Medical and sanitary report of the native army of Bengal for the year
Year: 1874
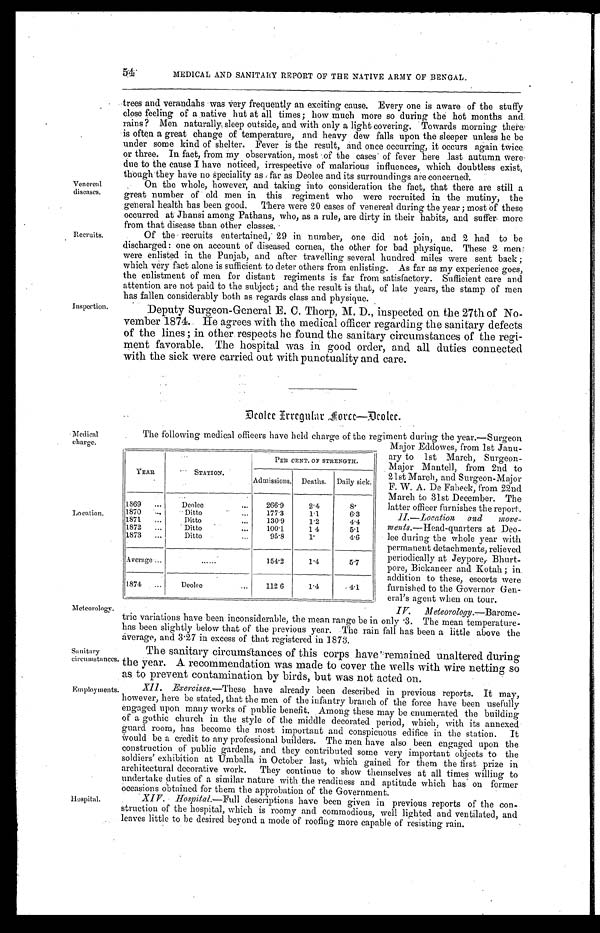
54
MEDICAL AND SANITARY REPORT OF THE NATIVE ARMY OF BENGAL.
Venereal
diseases.
Recruits.
Inspection.
trees and verandahs was very frequently an exciting cause. Every one is aware of the stuffy
close feeling of a native but at all times; how much more so during the hot months and
rains? Men naturally, sleep outside, and with only a light covering. Towards morning there
is often a great change of temperature, and heavy dew falls upon the sleeper unless he be
under some kind of shelter. Fever is the result, and once occurring, it occurs again twice.
or three. In fact, from my observation, most of the cases of fever here last autumn were
due to the cause I have noticed, irrespective of malarious influences, which doubtless exist,
though they hat
e no Speciality as far as Deolee and its surroundings are concerned.
On the whole, however, and taking into consideration the fact, that there are still a
great number of old men in this regiment who were recruited in the mutiny, the
general health has been good. There were 20 cases of venereal during the year; most of these
occurred at Jhausi among Pathans, who, as a rule, are dirty in their habits, and suffer more
from that disease than other classes.
Of the recruits entertained, 29 in number, one did not join, and 2 had to be
discharged: one on account of diseased cornea, the other for bad physique. These 2 men
were enlisted in the Punjab, and after travelling several hundred miles were sent back;
which very fact alone is sufficient to deter others from enlisting. As far as my experience goes,
the enlistment of men for distant regiments is far, from satisfactory. Sufficient care and
attention are not paid to the subject; and the result is that, of late years, the stamp of men
has Fallen considerably both as regards classs and physique.
Deputy Surgeon-General E. C. Thorp, M. D., inspected On the 27th of No
-vember 1874. He agrees with the medical officer regarding the sanitary defects
of the lines; in other respects he found the sanitary circumstances of the regi-
ment favorable. The hospital was in good order, and all duties connected
with the sick were carried out with punctuality and care.
Medical
charge.
Location.
D c o l e e I r r e g u l a r f o r c e — D c o l c c e .
YEAR
STATION.
PER CENT. OF STRENGTH.
Admissions.
Deaths.
Daily sick.
1869 . . .
Deolee
. . .
266.9
2.4
8.
1870. . .
Ditto
. . .
177.3
1.1
6.3
1871
. . .
Ditto
. . .
130.9
1.2
4.4
1872
. . .
Ditto
. . .
100.1
14
5.1
1873
. . .
D i t t o . . .
95.8
1 .
4.6
Average . . .
. . .
154.2
1 . 4
5.7
1874
. . .
Deolee
. . .
112 6
1 . 4
4.1
The following medical officers have held charge of the regiment during the year.—Surgeon
Major Eddowes, from 1st Janu
-ary to 1st March, Surgeon
-Major Mantell, from 2nd to
21st March, and Surgeon-Major
F. W. A. De Fabeck, from 22nd
March to 31st December. The
latter officer furnishes the report.
II.—Location and move
-ments.—Head-quarters at Deo
- l e e d u r i n g t h e w h o l e y e a r w i t h
permanent detachments, relieved
periodically at Jeypore, Bhurt-
- p o r e , B i c k a n e e r a n d K o t a h ; i n
addition to these, escorts were
furnished to the Governor Gen
- e r a l ' s a g e n t w h e n o n t o u r .
Meteorology.
Sanitary
circumstances.
Employments.
Hospital.
average, and 3.27 in excess of that registered in 1873.
The sanitary circumstances of this corps have remained unaltered during
the year. A recommendation was made to cover the wells with wire netting so
as to prevent contamination by birds, but was not acted on.
XII. Exercises.—These have already been described in previous reports. It may,
however, here be stated, that the men of the infantry branch of the force have been usefully
engaged upon many works of public benefit. Among these may be enumerated the building
of a gothic church in the style of the middle decorated period, which, with its annexed
guard room, has become the most important and conspicuous edifice in the station. It
Would be a credit to any professional builders. The men have also been engaged upon the
construction of public gardens, and they contributed some very important objects to the
soldiers exhibition at Umballa in October last, which gained for them the first prize in
architectural decorative work. They continue to show themselves at all times willing to
undertake duties of a similar nature with the readiness and aptitude which has on former
occasions obtained for them the approbation of the Government.
XIV. Hospital.— Full descriptions have been given in previous reports of the con-
struction of the hospital, which is roomy and commodious, well lighted and ventilated, and
leaves little to be desired beyond a mode of roofing more capable of resisting rain.